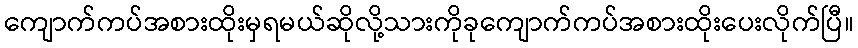
ကျောက်ကပ်အစားထိုးမှရမယ်ဆိုလို့သားကိုခုကျောက်ကပ်အစားထိုးပေးလိုက်ပြီ။